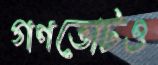
গণভোটও